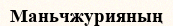
Маньчжурияның